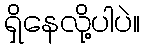
ရှိနေလို့ပါပဲ။